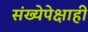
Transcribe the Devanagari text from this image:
संख्येपेक्षाही